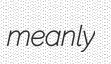
meanly